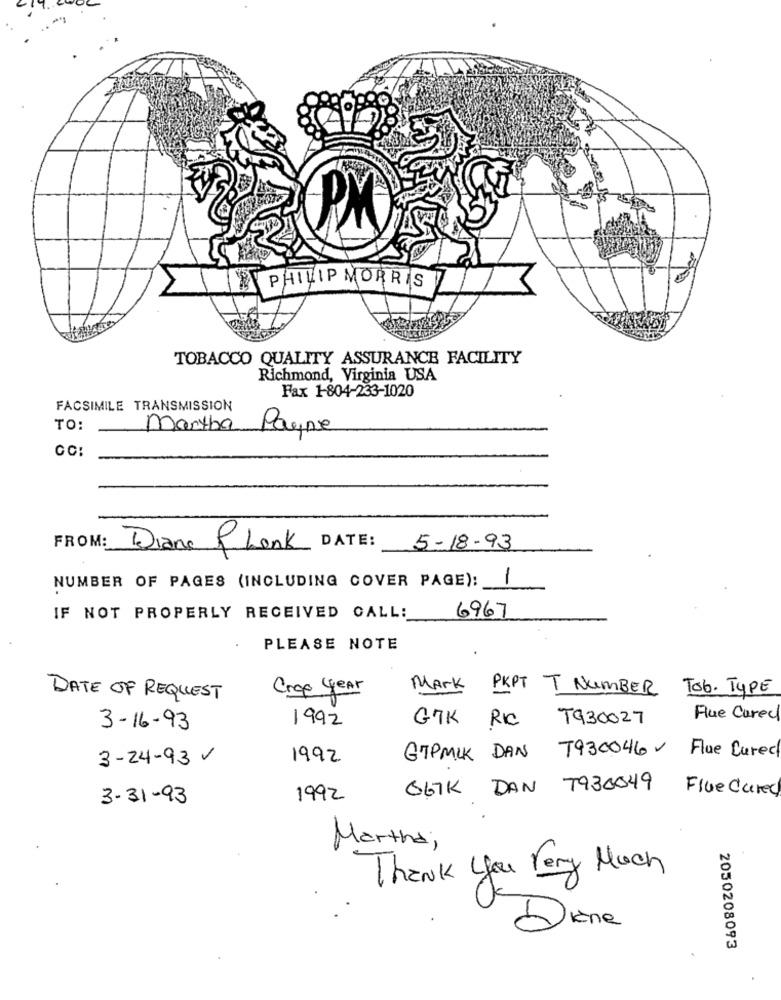
PHILIP MORRIS
TOBACCO QUALITY ASSURANCE FACILITY
Richmond, Virginia USA
Fax 1-804-233-1020
FACSIMILE TRANSMISSION
TO:
Martha
Payne
CC:
FROM:
Diane f.Lenk
DATE :
5-18-93
NUMBER OF PAGES (INCLUDING COVER PAGE): /
IF NOT PROPERLY RECEIVED CALL:
6967
PLEASE NOTE
Crop year
Mark PKPT T NUMBER Tob. TYPE
DATE OF REQUEST
1992
GTK RIC
T930027
Fue Cured
3-16-93
3-24-93 V
1992
GTPMLK DAN 7930046v Flue Cured
OG7K DAN 7930049
Flue Cured
3- 31-93
1992
Martha,
Thank you Very Much
Diane
2050208093